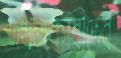
দখলকারীদের